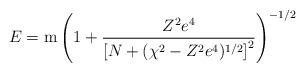
LaTeX: \begin{align*}E={\rm m}\left( 1+\frac{Z^2e^4}{\left[ N+(\chi^2-Z^2e^4)^{1/2}\right] ^2}\right) ^{-1/2}\end{align*}